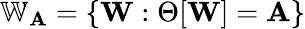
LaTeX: \mathbb{W}_{\mathbf{A}}=\{ \mathbf{W}:\Theta[\mathbf{W}]=\mathbf{A}\}